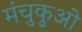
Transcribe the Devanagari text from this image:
मंचुकुओ